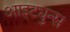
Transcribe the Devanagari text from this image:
आइट्युन्स